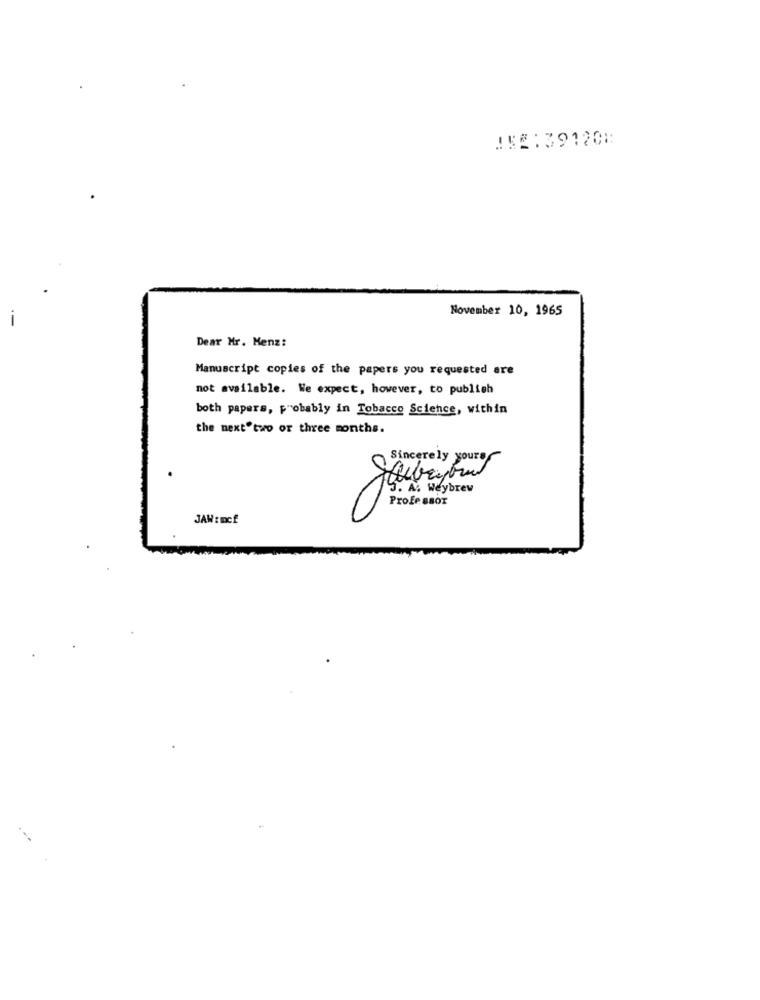
152:39120⑆
November 10, 1965
Dear Mr. Menz:
Manuscript copies of the papers you requested are
not available. We expect, however, to publish
both papers, probably in Tobacco Science, within
the next"two or three months.
Sincerely yours
15. A. Weybrev
Professor
JAW :mcf
.--